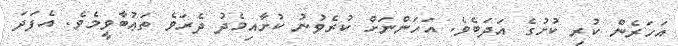
އަހަރެން ކުރި ކުށުގެ އަދަބެވެ. އަހަންނަށް ކުރެވުނު ކުށާއިމެދު ދެރަވެ ތަޢުބާވީމެވެ. އެފަދަ